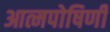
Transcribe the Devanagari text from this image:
आत्मपोषिणी